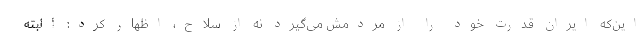
این‌که ایران قدرت خود را از مردمش می‌گیرد نه از سلاح، اظهار کرد: البته